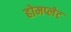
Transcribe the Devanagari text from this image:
होमप्लेट